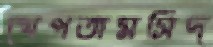
খেপতামসিদ্